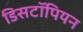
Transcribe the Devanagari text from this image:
डिसटॉपियन